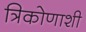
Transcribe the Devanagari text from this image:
त्रिकोणाशी